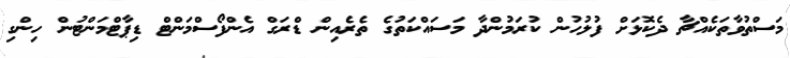
މަސްތުވާތަކެއްޗާ ދެކޮޅަށް ފުލުހުން ކުރަމުންދާ މަސައްކަތުގެ ތެރެއިން ޑްރަގް އެންފޯސްމަންޓް ޑިޕާޓްމަންޓުން ހިންގި